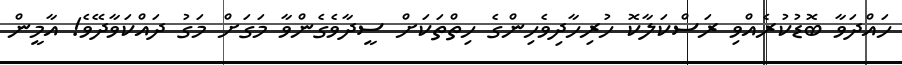
ހައްދަވާ ބޮޑުކުރެއްވި ރަސްކަލާކޮ ހުރިހާދިވެހިންގެ ހިތްތަކަށް ސީދާވެގެންވާ މަގަށް މަގު ދައްކަވާދޭވެ! އާމީން